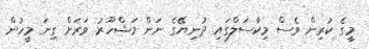
މީގެ ކުރިން ވެސް މިކާސަލްގައި ދުނިޔޭގެ ނަން މަޝްހޫރު ވަރަށް ގިނަ މީހުން